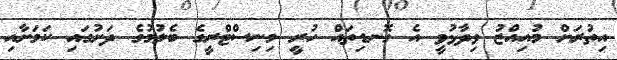
އިތުރަށް މުއިއްޒު ވިދާޅުވީ އެ ގޮނޑިތައް ހުރީ މިނިސްޓްރީގެ ބެލުމުގެ ދަށުގައި ކަމަށާއި